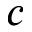
c